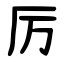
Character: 厉